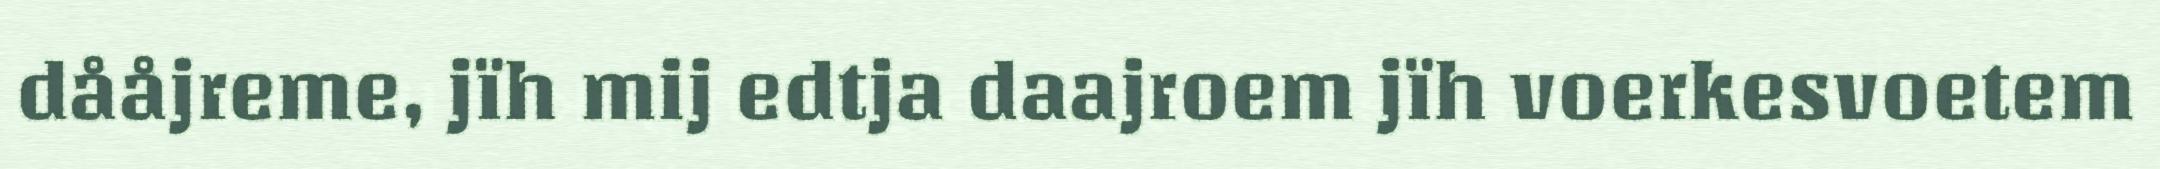
dååjreme, jïh mij edtja daajroem jïh voerkesvoetem